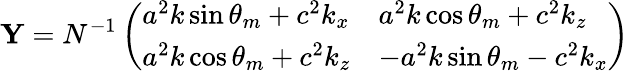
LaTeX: \mathbf{Y}=N^{-1}\left(\begin{array}{ll}{a^{2}k\sin\theta_{m}+c^{2}k_{x}}&{a^{2}k\cos\theta_{m}+c^{2}k_{z}}\\ {a^{2}k\cos\theta_{m}+c^{2}k_{z}}&{-a^{2}k\sin\theta_{m}-c^{2}k_{x}}\end{array}\right)